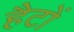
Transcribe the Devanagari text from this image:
हैटों